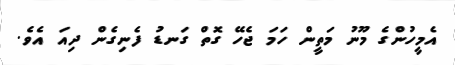
އެމީހުންގެ މޫނު މަތީން ހަމަ ޖެހޭ ގޮތް ގަނޑު ފެނިގެން ދިއަ އެވެ.